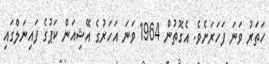
ހަތަރު ވަނަ ފަހަރަށެވެ. އެގޮތުން 1964 ވަނަ އަހަރުގެ އޭޝިއަން ކަޕުގެ ފައިނަލްގައި